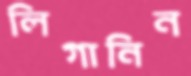
লিগানিন